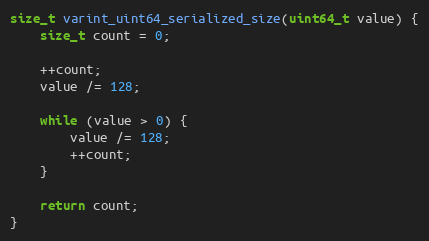
Language: C++
size_t varint_uint64_serialized_size(uint64_t value) {
    size_t count = 0;

    ++count;
    value /= 128;

    while (value > 0) {
        value /= 128;
        ++count;
    }

    return count;
}